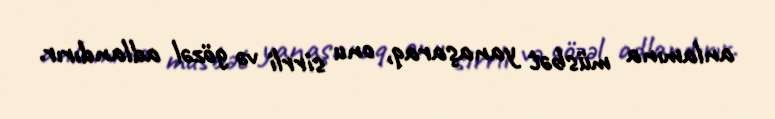
anlamına müsbət yanaşaraq, onu sirrli və gözəl adlandırır.